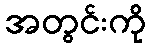
အတွင်းကို